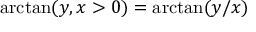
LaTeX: \arctan ( y , x > 0 ) = \arctan ( y / x )